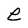
Character: e